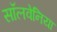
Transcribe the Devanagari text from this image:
सॉलवेनिया